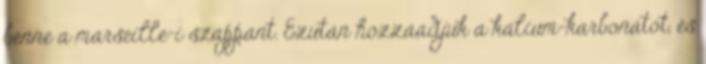
benne a marseille-i szappant. Ezután hozzáadjuk a kálium-karbonátot, és